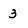
Character: 3